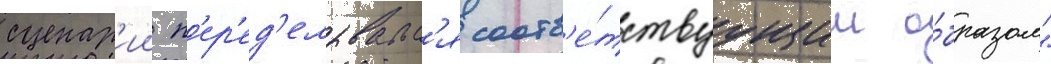
сценар'ии п'ер'ед'елывалс'я соотв'е́тствуущим о́бразом"